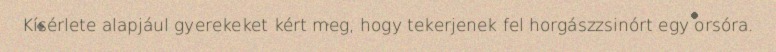
Kísérlete alapjául gyerekeket kért meg, hogy tekerjenek fel horgászzsinórt egy orsóra.